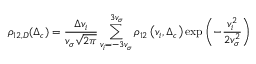
\rho _ { 1 2 , D } ( \Delta _ { c } ) = \frac { \Delta v _ { i } } { v _ { \sigma } \sqrt { 2 \pi } } \sum _ { v _ { i } = - 3 v _ { \sigma } } ^ { 3 v _ { \sigma } } \rho _ { 1 2 } \left( v _ { i } , \Delta _ { c } \right) \exp \left( - \frac { v _ { i } ^ { 2 } } { 2 v _ { \sigma } ^ { 2 } } \right)